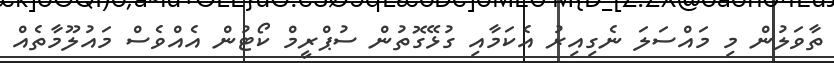
ތާވަލުން މި މައްސަލަ ނެގިއިރު އެކަމާއި ގުޅޭގޮތުން ސުޕްރީމް ކޯޓުން އެއްވެސް މައުލޫމާތެއް